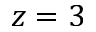
z = 3